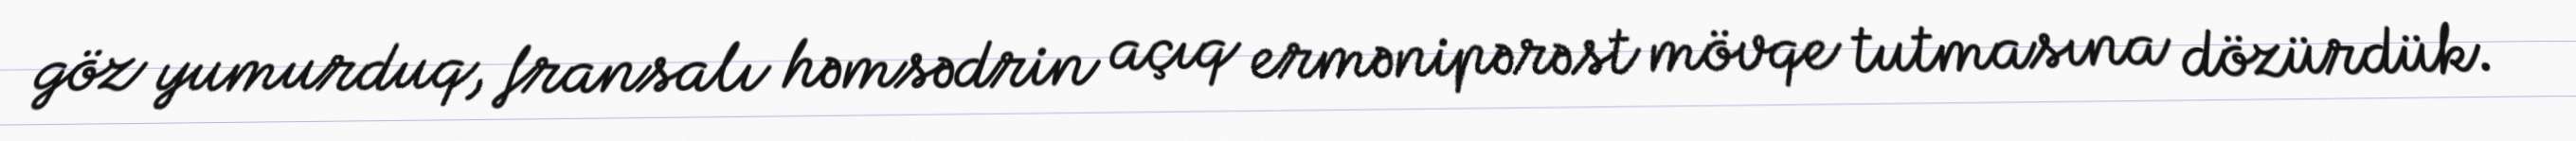
göz yumurduq, fransalı həmsədrin açıq ermənipərəst mövqe tutmasına dözürdük.